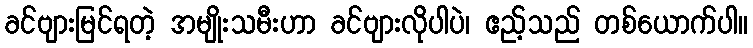
ခင်ဗျားမြင်ရတဲ့ အမျိုးသမီးဟာ ခင်ဗျားလိုပါပဲ၊ ဧည့်သည် တစ်ယောက်ပါ။